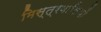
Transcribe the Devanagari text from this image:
मिस्त्रवासियों